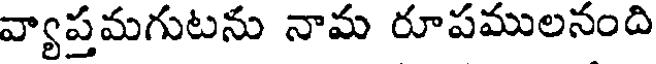
వ్యాప్రమగుటను నామ రూపములనంది